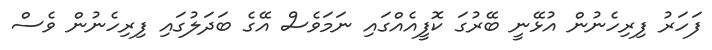
ފަހަރު ފިރިހެނުން އުޅޭނީ ބޭރުގަ ކޮފީއެއްގައި ނަމަވެސް އޭގެ ބަދަލުގައި ފިރިހެނުން ވެސް